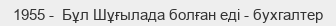
1955 -  Бұл Шұғылада болған еді - бухгалтер